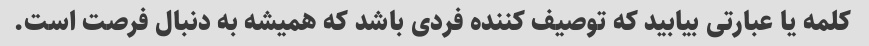
کلمه یا عبارتی بیابید که توصیف کننده فردی باشد که همیشه به دنبال فرصت است.